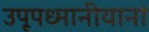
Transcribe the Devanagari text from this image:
उपूपध्मानीयानां